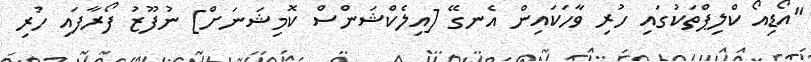
"އޯޑިއޯ ކްލިޕްތަކުގައި ހުރި ވާހަކައިން އެނގޭ [އިލެކްޝަންސް ކޮމިޝަނަށް] ނުފޫޒު ފޯރާފައި ހުރި